Scottish Leaving Certificate Examination, 1958
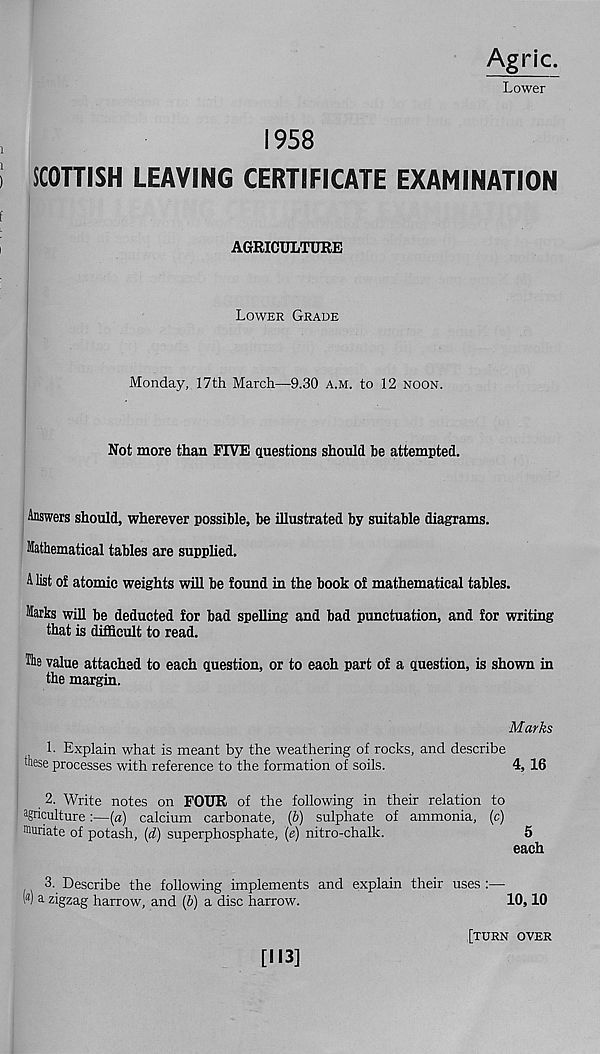
Agric.
Lower
1958
SCOTTISH LEAVING CERTIFICATE EXAMINATION
AGRICULTURE
Lower Grade
Monday, 17th March—9.30 a.m. to 12 noon.
Not more than FIVE questions should be attempted.
Answers should, wherever possible, be illustrated by suitable diagrams.
Mathematical tables are supplied.
A list of atomic weights will be found in the book of mathematical tables.
Marks will be deducted for bad spelling and bad punctuation, and for writing
that is difficult to read.
The value attached to each question, or to each part of a question, is shown in
the margin.
Marks
L Explain what is meant by the weathering of rocks, and describe
these processes with reference to the formation of soils.
4, 16
2. Write notes on FOUR of the following in their relation to
agriculture:—[a) calcium carbonate, (6) sulphate of ammonia, (c)
Muriate of potash, {d) superphosphate, (e) nitro-chalk.
5
each
(a)
3. Describe the following implements and explain their uses :—
a zigzag harrow, and (6) a disc harrow.
10,10
[113]
[turn over